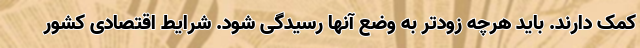
کمک دارند. باید هرچه زودتر به وضع آنها رسیدگی شود. شرایط اقتصادی کشور